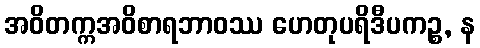
အဝိတက္ကအဝိစာရဘာဝဿ ဟေတုပရိဒီပကဉ္စ, န